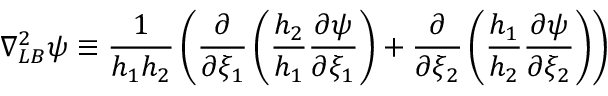
\nabla _ { L B } ^ { 2 } \psi \equiv \frac { 1 } { h _ { 1 } h _ { 2 } } \left( \frac { \partial } { \partial \xi _ { 1 } } \left( \frac { h _ { 2 } } { h _ { 1 } } \frac { \partial \psi } { \partial \xi _ { 1 } } \right) + \frac { \partial } { \partial \xi _ { 2 } } \left( \frac { h _ { 1 } } { h _ { 2 } } \frac { \partial \psi } { \partial \xi _ { 2 } } \right) \right)